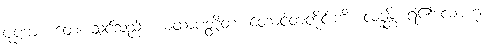
ပုဏ္ဏား။ တေ၊ သင်သည်။ ယထာပတ္တိတံ၊ တောင့်တတိုင်းကို။ လဒ္ဓန္တိ၊ ရ၏လောဟု။